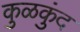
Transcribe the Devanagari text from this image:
कुळकुंद